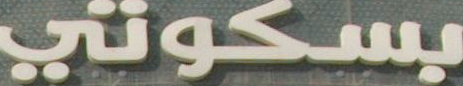
بسكوني